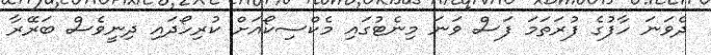
ދެވަނަ ހާފުގެ ފުރަތަމަ ފަސް ވަނަ މިނެޓުގައި މެކްސިކޯއަށް ކުރިހޯދައި ދިނީވެސް ބަރޭރާ